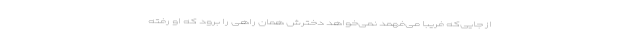
از جایی‌که فریبا می‌فهمد نمی‌خواهد دخترش همان راهی را برود که او رفته